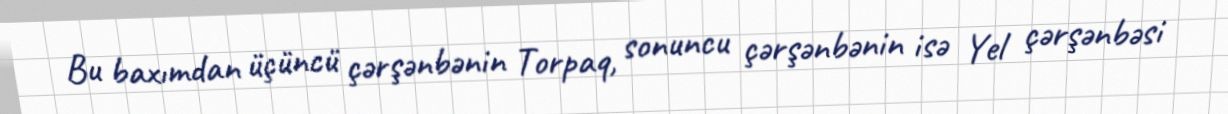
Bu baxımdan üçüncü çərşənbənin Torpaq, sonuncu çərşənbənin isə Yel çərşənbəsi